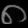
Digit: ၈